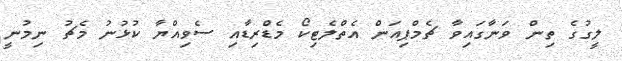
ލީގުގެ ތިން ވަނާގައިވާ ޗެމްޕިއަން އެތްލެޓިކޯ މެޑްރިޑާއި ސެވިއްޔާ ކުޅުނު މެޗު ނިމުނީ